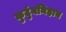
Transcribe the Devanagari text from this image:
कुटुंबनिहाय